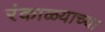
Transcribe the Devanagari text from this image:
रंकाळ्याच्या